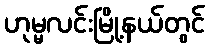
ဟုမ္မလင်းမြို့နယ်တွင်